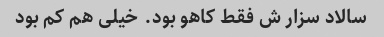
سالاد سزار ش فقط کاهو بود. خیلی هم کم بود